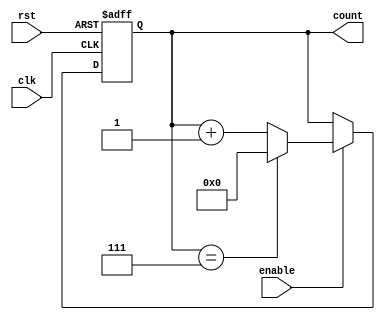
module Modulo_N_Up_Counter_with_Enable(
    input wire clk,  // Clock input
    input wire rst,  // Reset signal
    input wire enable,  // Enable signal
    output reg [N-1:0] count // Output count value
);

parameter N = 8; // Modulo-N value

always @(posedge clk or posedge rst) begin
    if(rst) begin
        count <= 0;
    end else begin
        if(enable) begin
            if(count == N-1) begin
                count <= 0;
            end else begin
                count <= count + 1;
            end
        end
    end
end

endmodule